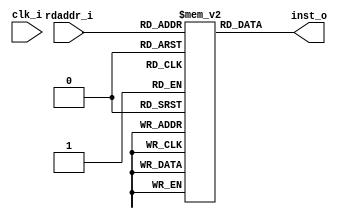

/* 

	Proyecto: monociclo
	Archivo: icache.v
	Grupo: 5CV3
	Equipo: 5
	Integrantes:
	
		Carmona Cid Giselle 
		Fuentes Godinez Alondra 
		Marin Nostroza Luis Enrique 
		Reyes Vivar Fernando 
		Sanchez Martinez Brian Omar 
	
	Descripcion:  Codigo del icache

*/

module icache (
    input            clk_i,
	 //puerto de lectura
	 input    [5:0]   rdaddr_i,
	 output   [31:0]  inst_o
);
    //definir la memoria 
	 reg      [31:0]  memoria[0:63];
	 
	 initial
	 begin
	    memoria[0] = 32'b000000000000000000000000000000;																			
		 memoria[1] = 32'b000000000000000000000000000000;
		 memoria[2] = 32'b000000000000000000000000000000;
	 
	 //Definir la lectura de la memoria
	 end
	 assign  inst_o = memoria[rdaddr_i];

endmodule